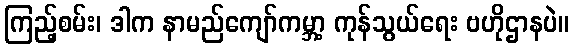
ကြည့်စမ်း၊ ဒါက နာမည်ကျော်ကမ္ဘာ့ ကုန်သွယ်ရေး ဗဟိုဌာနပဲ။